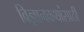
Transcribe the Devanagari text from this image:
विज्ञानकथांसाठी